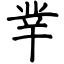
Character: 丵